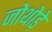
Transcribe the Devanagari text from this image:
जोथोड़े